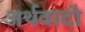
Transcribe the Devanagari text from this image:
अर्थवादो